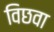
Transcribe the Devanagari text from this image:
विछवा